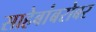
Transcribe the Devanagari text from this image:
साहेबांबरोबर